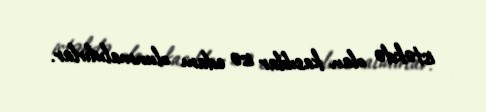
istəkdə olan kasıblar isə edam olunmalıdırlar.